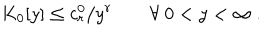
LaTeX: K _ { 0 } [ y ] \leq c _ { r } ^ { 0 } / y ^ { r } \qquad \forall ~ 0 < y < \infty ~ .